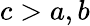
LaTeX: c>a,b